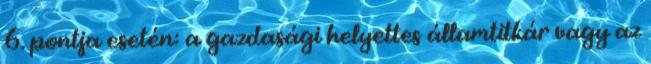
6. pontja esetén: a gazdasági helyettes államtitkár vagy az